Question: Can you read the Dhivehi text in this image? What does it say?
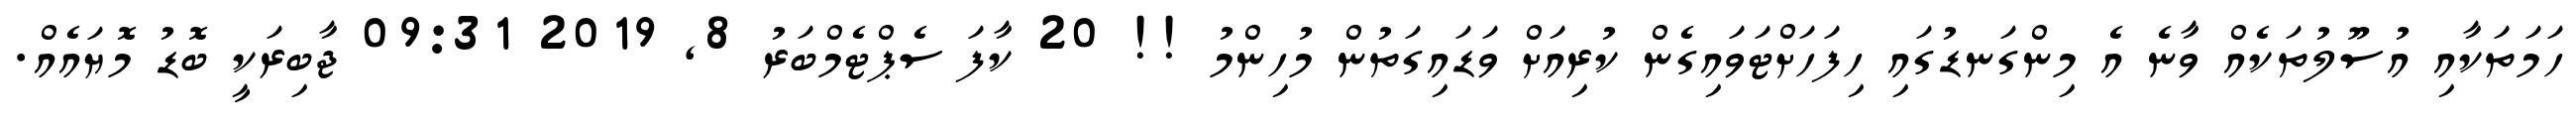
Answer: ހަމަތަކާއި އުސޫލުތަކެއް ވާނެ އެ މިންގަނޑުގައި ހިފަހަށްޓަވައިގެން ކުރިއަށް ވަޑައިގަތުން މުހިންމު !! 20 ކާފަ ސެޕްޓެމްބަރު 8, 2019 09:31 ޖާބިރަކީ ބޮޑު މޮޔައެއް.